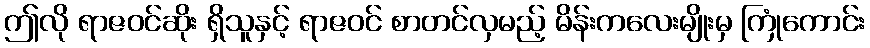
ဤလို ရာဇဝင်ဆိုး ရှိသူနှင့် ရာဇဝင် စာတင်လှမည့် မိန်းကလေးမျိုးမှ ကြုံကောင်း